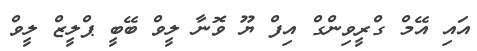
އައި އޭމް ގްރީވިންގް އިފް ޔޫ ވޮނާ ލީވް ބޭބީ ޕްލީޒް ލީވް